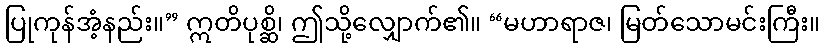
ပြုကုန်အံ့နည်း။” ဣတိပုစ္ဆိ၊ ဤသို့လျှောက်၏။ “မဟာရာဇ၊ မြတ်သောမင်းကြီး။